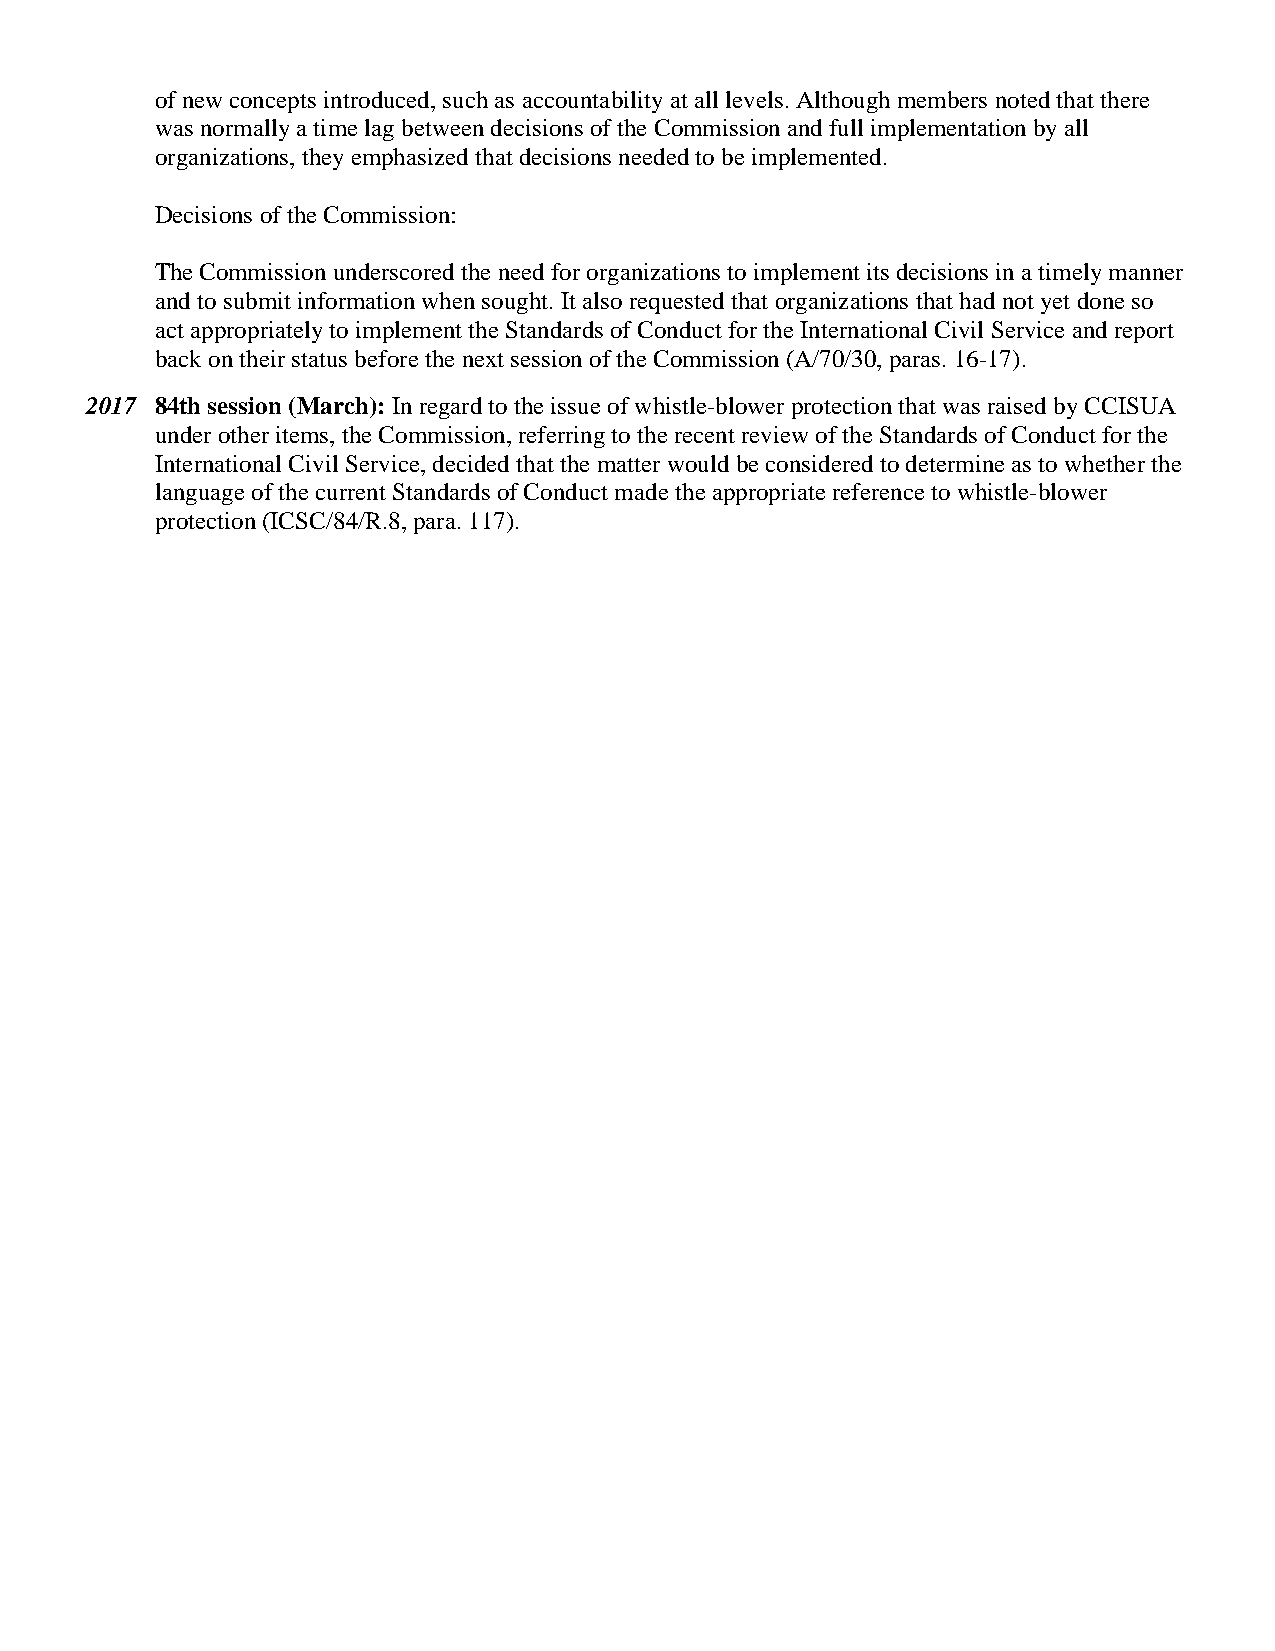
of new concepts introduced, such as accountability at all levels. Although members noted that there
 was normally a time lag between decisions of the Commission and full implementation by all
 organizations, they emphasized that decisions needed to be implemented.
 Decisions of the Commission:
 The Commission underscored the need for organizations to implement its decisions in a timely manner
 and to submit information when sought. It also requested that organizations that had not yet done so
 act appropriately to implement the Standards of Conduct for the International Civil Service and report
 back on their status before the next session of the Commission (A/70/30, paras. 16-17).
 2017 84th session (March): In regard to the issue of whistle-blower protection that was raised by CCISUA
 under other items, the Commission, referring to the recent review of the Standards of Conduct for the
 International Civil Service, decided that the matter would be considered to determine as to whether the
 language of the current Standards of Conduct made the appropriate reference to whistle-blower
 protection (ICSC/84/R.8, para. 117).